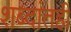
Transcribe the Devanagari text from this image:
शब्दांतही